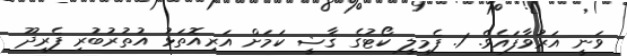
ވަނީ އަރުވާފައެވެ. 1. ފެމިލީ ކޯޓުގެ ޤާޟީ ކަމަށް އަރިއޮތަޅު އުތުރުބުރި ފެރިދޫ